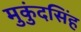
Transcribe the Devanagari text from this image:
मुकुंदसिंह